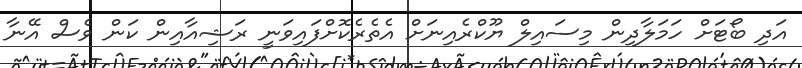
އަދި ބޯޓަށް ހަމަލާދިން މިސައިލް ޔޫކްރެއިނަށް އެތެރެކޮށްފައިވަނީ ރަޝިއާއިން ކަން ވެސް އޭނާ